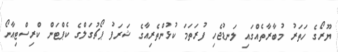
ޔޫރޯގެ ހަތަރު މުބާރާތެއްގައި ލަނޑުޖެހި ފުރަތަމަ ކުޅުންތެރިއާގެ ޝަރަފު ޕޯޗުގަލްގެ ކެޕްޓަން ކްރިސްޓިއާނޯ